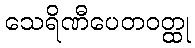
သေရိဏီပေတဝတ္ထု